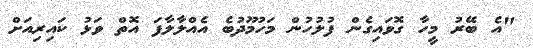
"އެ ބޭރު މީހާ ގޮވައިގެން ފުލުހުން މަހުމޫދުބެ އެއްލާލާފަ އޮތް ވަޅު ކައިރިއަށް